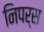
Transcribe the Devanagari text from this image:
निपर्स